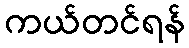
ကယ်တင်ရန်